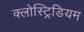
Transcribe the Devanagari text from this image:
क्लोस्ट्रिडियम